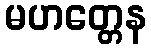
မဟတ္တေန